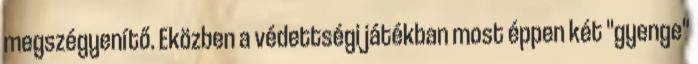
megszégyenítő. Eközben a védettségi játékban most éppen két "gyenge"